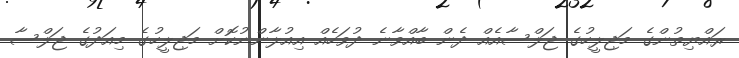
ރައްޔިތުންގެ މަޖިލީހުގެ ޖަލްސާއެއް ދެން ބާއްވާނެ ދުވަހެއް އިއުލާންނުކޮށް މަޖިލީހުގެ މިއަދުގެ ޖަލްސާ